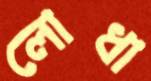
লোধা